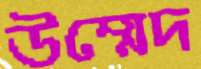
উম্মেদ